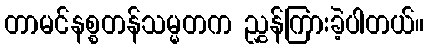
တာမင်နစ္စတန်သမ္မတက ညွှန်ကြားခဲ့ပါတယ်။